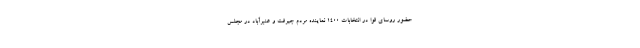
حضور روسای قوا در انتخابات ۱۴۰۰ نماینده مردم جیرفت و عنبرآباد در مجلس